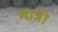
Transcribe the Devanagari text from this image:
मान्नी